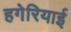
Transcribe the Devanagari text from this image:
हगेरियाई